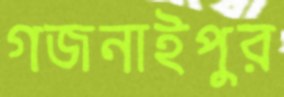
গজনাইপুর